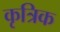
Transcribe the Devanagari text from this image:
कृत्रिक